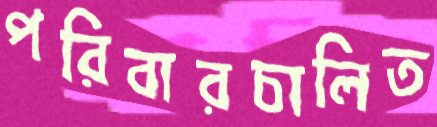
পরিবারচালিত